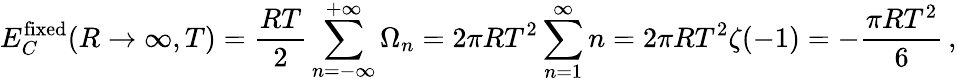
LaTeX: E_{C}^{\mathrm{fixed}}(R\to\infty,T)=\frac{RT}{2}\sum_{n=-\infty}^{+\infty}\Omega_{n}=2\pi RT^{2}\sum_{n=1}^{\infty}n=2\pi RT^{2}\zeta(-1)=-\frac{\pi RT^{2}}{6}\, {,}